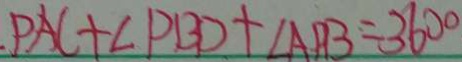
. P A C + \angle P B D + \angle A P B = 3 6 0 ^ { \circ }